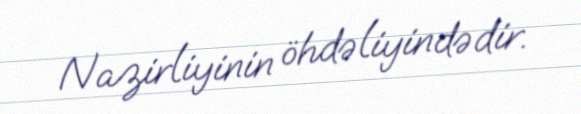
Nazirliyinin öhdəliyindədir.